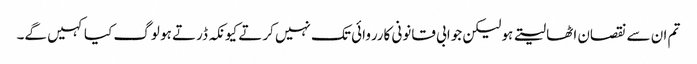
تم ان سے نقصان اٹھا لیتے ہو لیکن جوابی قانونی کارروائی تک نہیں کرتے کیونکہ ڈرتے ہو لوگ کیا کہیں گے۔